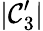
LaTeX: |\mathcal{C}_{3}^{\prime}|